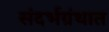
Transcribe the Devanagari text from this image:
संदर्भग्रंथात